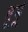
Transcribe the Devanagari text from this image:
मूमू